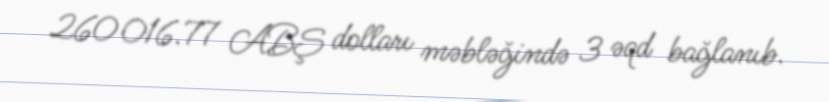
260 016.77 ABŞ dolları məbləğində 3 əqd bağlanıb.